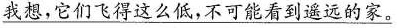
\underline{我想，它们飞得这么低，不可能看到遥远的家。}